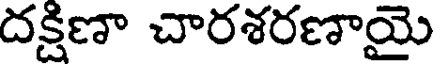
దక్షిణా చారశరణాయై